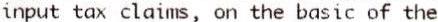
INPUT TAX CLAIMS, ON THE BASIC OF THE